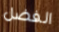
الفضل